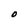
Character: O